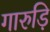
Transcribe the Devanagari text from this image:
गारुड़ि